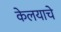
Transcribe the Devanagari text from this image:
केलयाचे